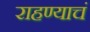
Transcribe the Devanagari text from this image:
राहण्याचं